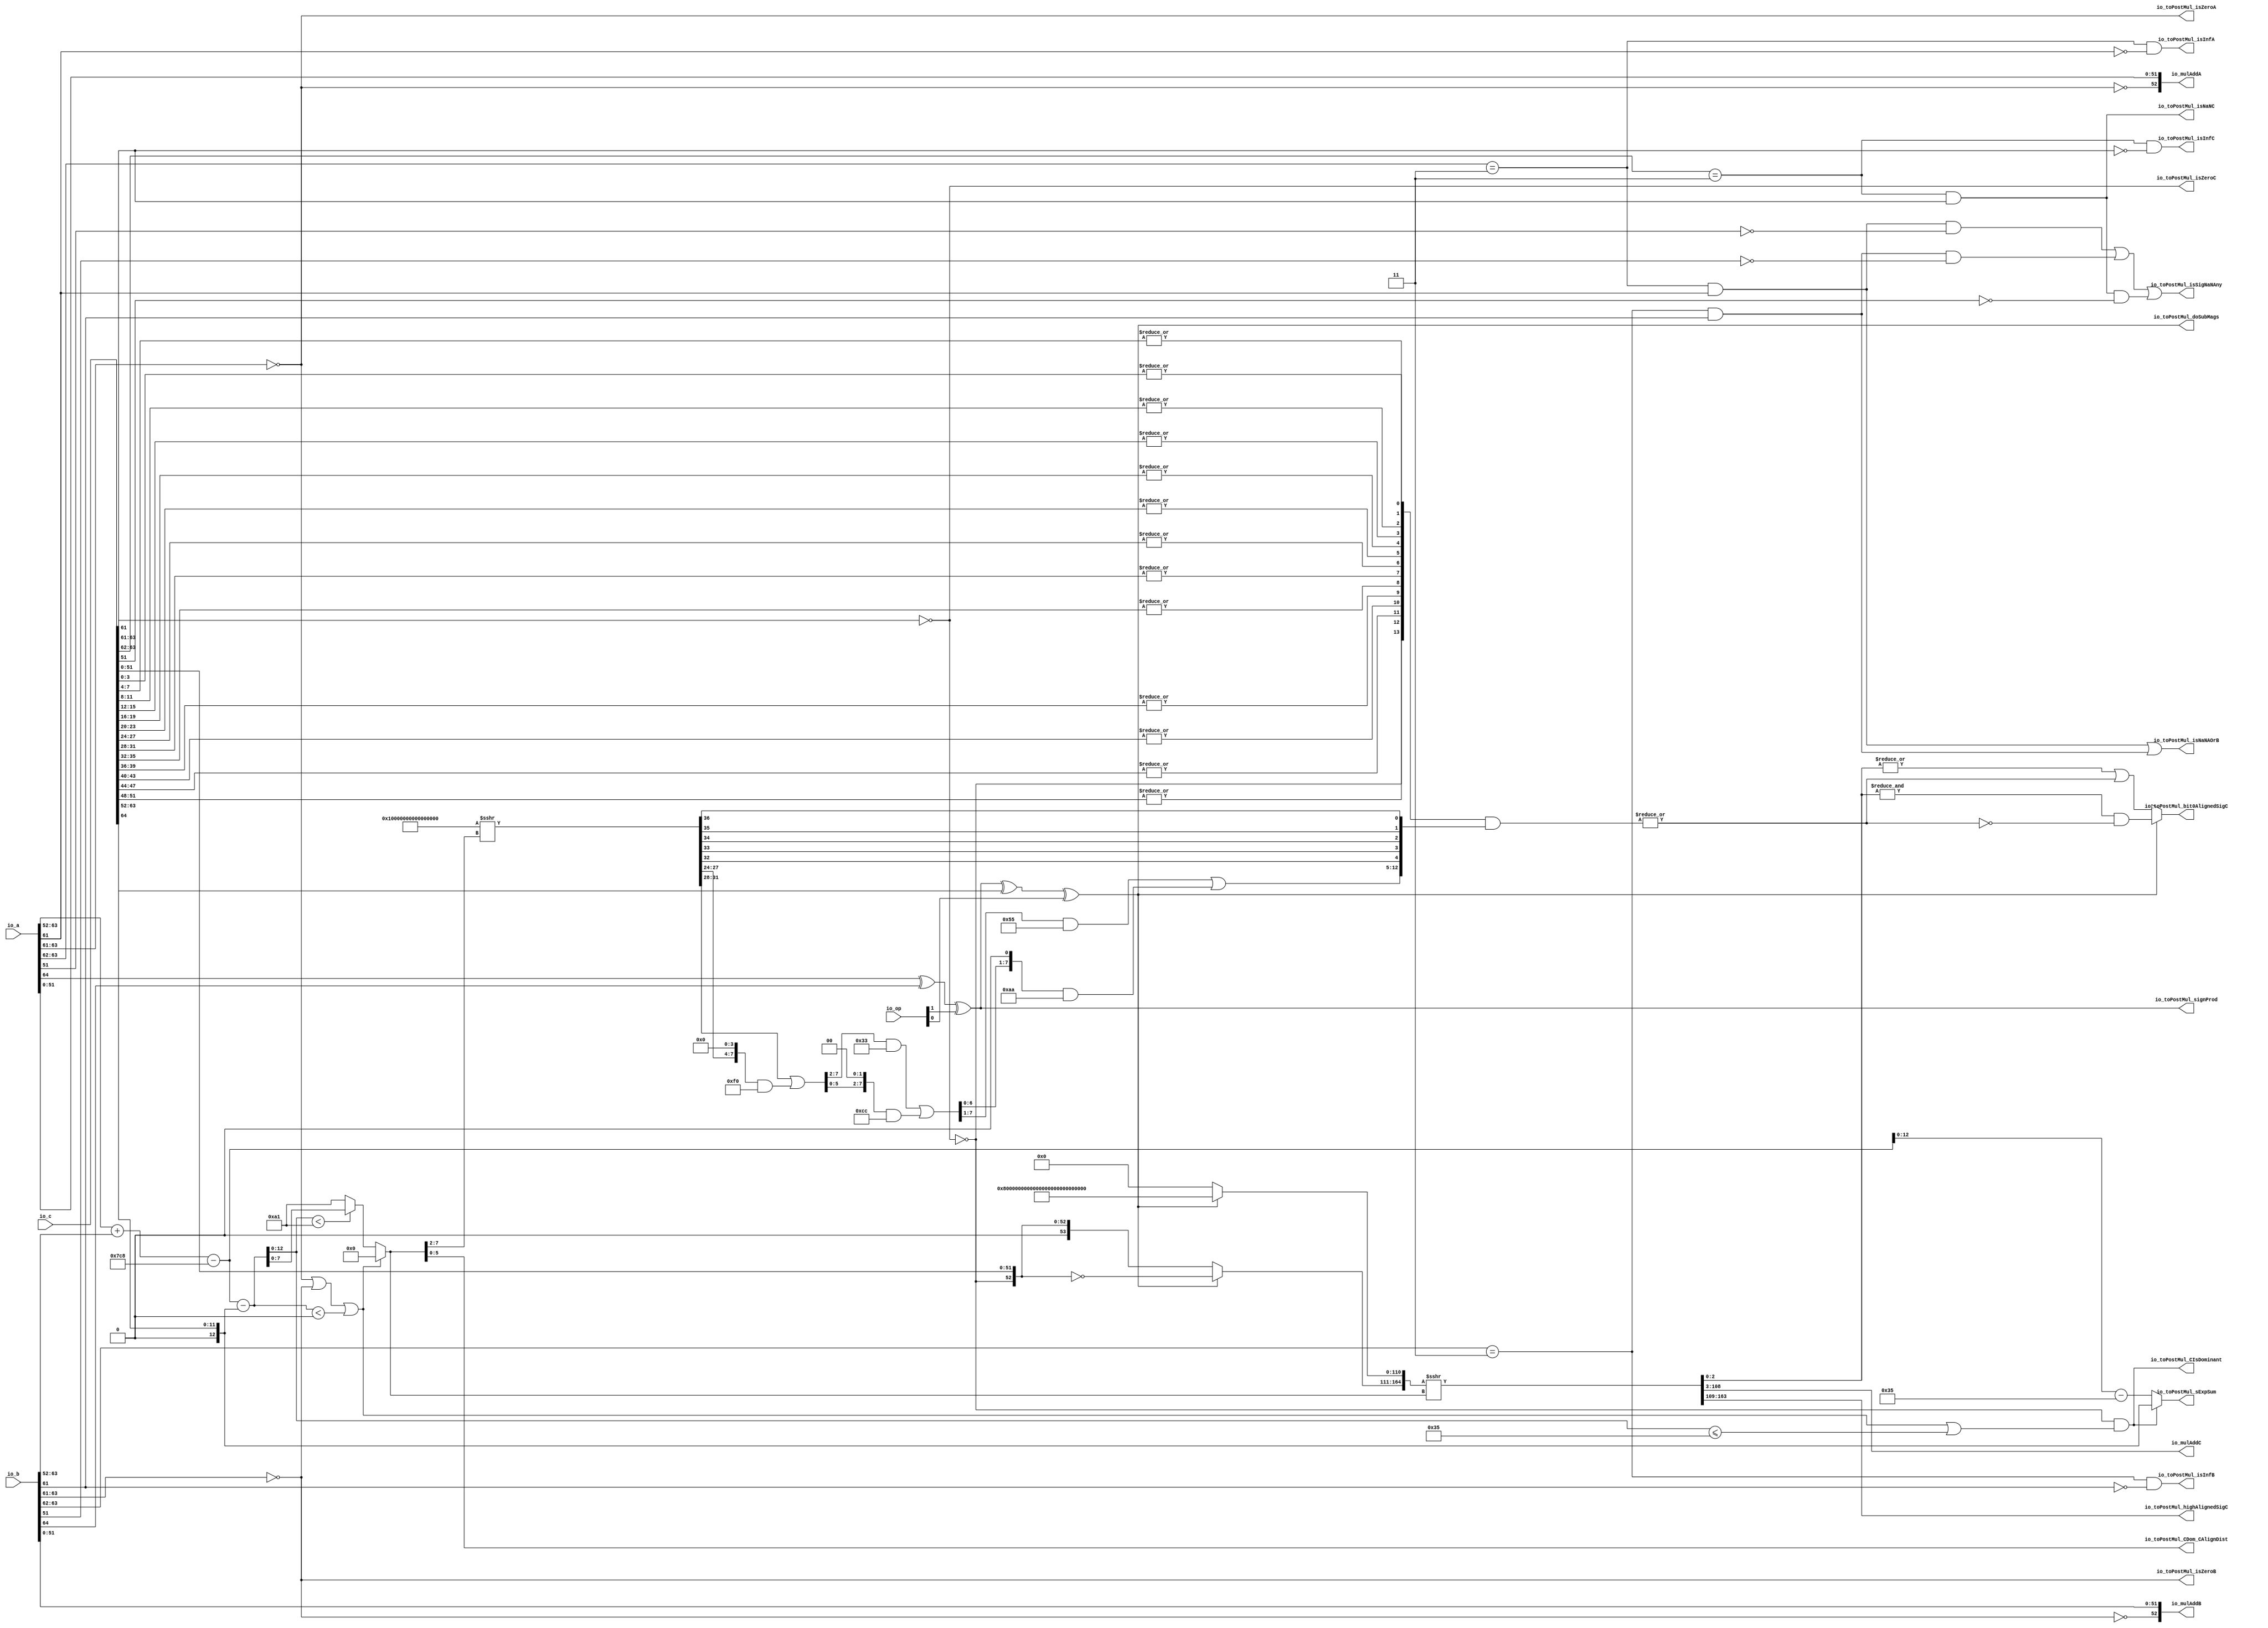
module MulAddRecFNToRaw_preMul(
  input  [1:0]   io_op,
  input  [64:0]  io_a,
  input  [64:0]  io_b,
  input  [64:0]  io_c,
  output [52:0]  io_mulAddA,
  output [52:0]  io_mulAddB,
  output [105:0] io_mulAddC,
  output         io_toPostMul_isSigNaNAny,
  output         io_toPostMul_isNaNAOrB,
  output         io_toPostMul_isInfA,
  output         io_toPostMul_isZeroA,
  output         io_toPostMul_isInfB,
  output         io_toPostMul_isZeroB,
  output         io_toPostMul_signProd,
  output         io_toPostMul_isNaNC,
  output         io_toPostMul_isInfC,
  output         io_toPostMul_isZeroC,
  output [12:0]  io_toPostMul_sExpSum,
  output         io_toPostMul_doSubMags,
  output         io_toPostMul_CIsDominant,
  output [5:0]   io_toPostMul_CDom_CAlignDist,
  output [54:0]  io_toPostMul_highAlignedSigC,
  output         io_toPostMul_bit0AlignedSigC
);
  wire [11:0] rawA_exp = io_a[63:52]; // @[rawFloatFromRecFN.scala 50:21]
  wire  rawA_isZero = rawA_exp[11:9] == 3'h0; // @[rawFloatFromRecFN.scala 51:54]
  wire  rawA_isSpecial = rawA_exp[11:10] == 2'h3; // @[rawFloatFromRecFN.scala 52:54]
  wire  rawA__isNaN = rawA_isSpecial & rawA_exp[9]; // @[rawFloatFromRecFN.scala 55:33]
  wire  rawA__sign = io_a[64]; // @[rawFloatFromRecFN.scala 58:25]
  wire [12:0] rawA__sExp = {1'b0,$signed(rawA_exp)}; // @[rawFloatFromRecFN.scala 59:27]
  wire  rawA_out_sig_hi_lo = ~rawA_isZero; // @[rawFloatFromRecFN.scala 60:39]
  wire [51:0] rawA_out_sig_lo = io_a[51:0]; // @[rawFloatFromRecFN.scala 60:51]
  wire [53:0] rawA__sig = {1'h0,rawA_out_sig_hi_lo,rawA_out_sig_lo}; // @[Cat.scala 30:58]
  wire [11:0] rawB_exp = io_b[63:52]; // @[rawFloatFromRecFN.scala 50:21]
  wire  rawB_isZero = rawB_exp[11:9] == 3'h0; // @[rawFloatFromRecFN.scala 51:54]
  wire  rawB_isSpecial = rawB_exp[11:10] == 2'h3; // @[rawFloatFromRecFN.scala 52:54]
  wire  rawB__isNaN = rawB_isSpecial & rawB_exp[9]; // @[rawFloatFromRecFN.scala 55:33]
  wire  rawB__sign = io_b[64]; // @[rawFloatFromRecFN.scala 58:25]
  wire [12:0] rawB__sExp = {1'b0,$signed(rawB_exp)}; // @[rawFloatFromRecFN.scala 59:27]
  wire  rawB_out_sig_hi_lo = ~rawB_isZero; // @[rawFloatFromRecFN.scala 60:39]
  wire [51:0] rawB_out_sig_lo = io_b[51:0]; // @[rawFloatFromRecFN.scala 60:51]
  wire [53:0] rawB__sig = {1'h0,rawB_out_sig_hi_lo,rawB_out_sig_lo}; // @[Cat.scala 30:58]
  wire [11:0] rawC_exp = io_c[63:52]; // @[rawFloatFromRecFN.scala 50:21]
  wire  rawC_isZero = rawC_exp[11:9] == 3'h0; // @[rawFloatFromRecFN.scala 51:54]
  wire  rawC_isSpecial = rawC_exp[11:10] == 2'h3; // @[rawFloatFromRecFN.scala 52:54]
  wire  rawC__isNaN = rawC_isSpecial & rawC_exp[9]; // @[rawFloatFromRecFN.scala 55:33]
  wire  rawC__sign = io_c[64]; // @[rawFloatFromRecFN.scala 58:25]
  wire [12:0] rawC__sExp = {1'b0,$signed(rawC_exp)}; // @[rawFloatFromRecFN.scala 59:27]
  wire  rawC_out_sig_hi_lo = ~rawC_isZero; // @[rawFloatFromRecFN.scala 60:39]
  wire [51:0] rawC_out_sig_lo = io_c[51:0]; // @[rawFloatFromRecFN.scala 60:51]
  wire [53:0] rawC__sig = {1'h0,rawC_out_sig_hi_lo,rawC_out_sig_lo}; // @[Cat.scala 30:58]
  wire  signProd = rawA__sign ^ rawB__sign ^ io_op[1]; // @[MulAddRecFN.scala 98:42]
  wire [13:0] _sExpAlignedProd_T = $signed(rawA__sExp) + $signed(rawB__sExp); // @[MulAddRecFN.scala 101:19]
  wire [13:0] sExpAlignedProd = $signed(_sExpAlignedProd_T) - 14'sh7c8; // @[MulAddRecFN.scala 101:32]
  wire  doSubMags = signProd ^ rawC__sign ^ io_op[0]; // @[MulAddRecFN.scala 103:42]
  wire [13:0] _GEN_0 = {{1{rawC__sExp[12]}},rawC__sExp}; // @[MulAddRecFN.scala 107:42]
  wire [13:0] sNatCAlignDist = $signed(sExpAlignedProd) - $signed(_GEN_0); // @[MulAddRecFN.scala 107:42]
  wire [12:0] posNatCAlignDist = sNatCAlignDist[12:0]; // @[MulAddRecFN.scala 108:42]
  wire  isMinCAlign = rawA_isZero | rawB_isZero | $signed(sNatCAlignDist) < 14'sh0; // @[MulAddRecFN.scala 109:50]
  wire  CIsDominant = rawC_out_sig_hi_lo & (isMinCAlign | posNatCAlignDist <= 13'h35); // @[MulAddRecFN.scala 111:23]
  wire [7:0] _CAlignDist_T_2 = posNatCAlignDist < 13'ha1 ? posNatCAlignDist[7:0] : 8'ha1; // @[MulAddRecFN.scala 115:16]
  wire [7:0] CAlignDist = isMinCAlign ? 8'h0 : _CAlignDist_T_2; // @[MulAddRecFN.scala 113:12]
  wire [53:0] _mainAlignedSigC_T = ~rawC__sig; // @[MulAddRecFN.scala 121:28]
  wire [53:0] mainAlignedSigC_hi = doSubMags ? _mainAlignedSigC_T : rawC__sig; // @[MulAddRecFN.scala 121:16]
  wire [110:0] mainAlignedSigC_lo = doSubMags ? 111'h7fffffffffffffffffffffffffff : 111'h0; // @[Bitwise.scala 72:12]
  wire [164:0] _mainAlignedSigC_T_3 = {mainAlignedSigC_hi,mainAlignedSigC_lo}; // @[MulAddRecFN.scala 123:11]
  wire [164:0] mainAlignedSigC = $signed(_mainAlignedSigC_T_3) >>> CAlignDist; // @[MulAddRecFN.scala 123:17]
  wire  reduced4CExtra_reducedVec_0 = |rawC__sig[3:0]; // @[primitives.scala 121:54]
  wire  reduced4CExtra_reducedVec_1 = |rawC__sig[7:4]; // @[primitives.scala 121:54]
  wire  reduced4CExtra_reducedVec_2 = |rawC__sig[11:8]; // @[primitives.scala 121:54]
  wire  reduced4CExtra_reducedVec_3 = |rawC__sig[15:12]; // @[primitives.scala 121:54]
  wire  reduced4CExtra_reducedVec_4 = |rawC__sig[19:16]; // @[primitives.scala 121:54]
  wire  reduced4CExtra_reducedVec_5 = |rawC__sig[23:20]; // @[primitives.scala 121:54]
  wire  reduced4CExtra_reducedVec_6 = |rawC__sig[27:24]; // @[primitives.scala 121:54]
  wire  reduced4CExtra_reducedVec_7 = |rawC__sig[31:28]; // @[primitives.scala 121:54]
  wire  reduced4CExtra_reducedVec_8 = |rawC__sig[35:32]; // @[primitives.scala 121:54]
  wire  reduced4CExtra_reducedVec_9 = |rawC__sig[39:36]; // @[primitives.scala 121:54]
  wire  reduced4CExtra_reducedVec_10 = |rawC__sig[43:40]; // @[primitives.scala 121:54]
  wire  reduced4CExtra_reducedVec_11 = |rawC__sig[47:44]; // @[primitives.scala 121:54]
  wire  reduced4CExtra_reducedVec_12 = |rawC__sig[51:48]; // @[primitives.scala 121:54]
  wire  reduced4CExtra_reducedVec_13 = |rawC__sig[53:52]; // @[primitives.scala 124:57]
  wire [6:0] reduced4CExtra_lo = {reduced4CExtra_reducedVec_6,reduced4CExtra_reducedVec_5,reduced4CExtra_reducedVec_4,
    reduced4CExtra_reducedVec_3,reduced4CExtra_reducedVec_2,reduced4CExtra_reducedVec_1,reduced4CExtra_reducedVec_0}; // @[primitives.scala 125:20]
  wire [13:0] _reduced4CExtra_T_1 = {reduced4CExtra_reducedVec_13,reduced4CExtra_reducedVec_12,
    reduced4CExtra_reducedVec_11,reduced4CExtra_reducedVec_10,reduced4CExtra_reducedVec_9,reduced4CExtra_reducedVec_8,
    reduced4CExtra_reducedVec_7,reduced4CExtra_lo}; // @[primitives.scala 125:20]
  wire [64:0] reduced4CExtra_shift = 65'sh10000000000000000 >>> CAlignDist[7:2]; // @[primitives.scala 77:58]
  wire [7:0] _reduced4CExtra_T_8 = {{4'd0}, reduced4CExtra_shift[31:28]}; // @[Bitwise.scala 103:31]
  wire [7:0] _reduced4CExtra_T_10 = {reduced4CExtra_shift[27:24], 4'h0}; // @[Bitwise.scala 103:65]
  wire [7:0] _reduced4CExtra_T_12 = _reduced4CExtra_T_10 & 8'hf0; // @[Bitwise.scala 103:75]
  wire [7:0] _reduced4CExtra_T_13 = _reduced4CExtra_T_8 | _reduced4CExtra_T_12; // @[Bitwise.scala 103:39]
  wire [7:0] _GEN_1 = {{2'd0}, _reduced4CExtra_T_13[7:2]}; // @[Bitwise.scala 103:31]
  wire [7:0] _reduced4CExtra_T_18 = _GEN_1 & 8'h33; // @[Bitwise.scala 103:31]
  wire [7:0] _reduced4CExtra_T_20 = {_reduced4CExtra_T_13[5:0], 2'h0}; // @[Bitwise.scala 103:65]
  wire [7:0] _reduced4CExtra_T_22 = _reduced4CExtra_T_20 & 8'hcc; // @[Bitwise.scala 103:75]
  wire [7:0] _reduced4CExtra_T_23 = _reduced4CExtra_T_18 | _reduced4CExtra_T_22; // @[Bitwise.scala 103:39]
  wire [7:0] _GEN_2 = {{1'd0}, _reduced4CExtra_T_23[7:1]}; // @[Bitwise.scala 103:31]
  wire [7:0] _reduced4CExtra_T_28 = _GEN_2 & 8'h55; // @[Bitwise.scala 103:31]
  wire [7:0] _reduced4CExtra_T_30 = {_reduced4CExtra_T_23[6:0], 1'h0}; // @[Bitwise.scala 103:65]
  wire [7:0] _reduced4CExtra_T_32 = _reduced4CExtra_T_30 & 8'haa; // @[Bitwise.scala 103:75]
  wire [7:0] reduced4CExtra_hi_1 = _reduced4CExtra_T_28 | _reduced4CExtra_T_32; // @[Bitwise.scala 103:39]
  wire  reduced4CExtra_hi_2 = reduced4CExtra_shift[32]; // @[Bitwise.scala 109:18]
  wire  reduced4CExtra_lo_1 = reduced4CExtra_shift[33]; // @[Bitwise.scala 109:44]
  wire  reduced4CExtra_hi_4 = reduced4CExtra_shift[34]; // @[Bitwise.scala 109:18]
  wire  reduced4CExtra_lo_2 = reduced4CExtra_shift[35]; // @[Bitwise.scala 109:44]
  wire  reduced4CExtra_lo_4 = reduced4CExtra_shift[36]; // @[Bitwise.scala 109:44]
  wire [12:0] _reduced4CExtra_T_37 = {reduced4CExtra_hi_1,reduced4CExtra_hi_2,reduced4CExtra_lo_1,reduced4CExtra_hi_4,
    reduced4CExtra_lo_2,reduced4CExtra_lo_4}; // @[Cat.scala 30:58]
  wire [13:0] _GEN_3 = {{1'd0}, _reduced4CExtra_T_37}; // @[MulAddRecFN.scala 125:68]
  wire [13:0] _reduced4CExtra_T_38 = _reduced4CExtra_T_1 & _GEN_3; // @[MulAddRecFN.scala 125:68]
  wire  reduced4CExtra = |_reduced4CExtra_T_38; // @[MulAddRecFN.scala 133:11]
  wire  _alignedSigC_T_4 = &mainAlignedSigC[2:0] & ~reduced4CExtra; // @[MulAddRecFN.scala 137:44]
  wire  _alignedSigC_T_7 = |mainAlignedSigC[2:0] | reduced4CExtra; // @[MulAddRecFN.scala 138:44]
  wire  alignedSigC_lo = doSubMags ? _alignedSigC_T_4 : _alignedSigC_T_7; // @[MulAddRecFN.scala 136:16]
  wire [161:0] alignedSigC_hi = mainAlignedSigC[164:3]; // @[Cat.scala 30:58]
  wire [162:0] alignedSigC = {alignedSigC_hi,alignedSigC_lo}; // @[Cat.scala 30:58]
  wire  _io_toPostMul_isSigNaNAny_T_2 = rawA__isNaN & ~rawA__sig[51]; // @[common.scala 81:46]
  wire  _io_toPostMul_isSigNaNAny_T_5 = rawB__isNaN & ~rawB__sig[51]; // @[common.scala 81:46]
  wire  _io_toPostMul_isSigNaNAny_T_9 = rawC__isNaN & ~rawC__sig[51]; // @[common.scala 81:46]
  wire [13:0] _io_toPostMul_sExpSum_T_2 = $signed(sExpAlignedProd) - 14'sh35; // @[MulAddRecFN.scala 161:53]
  wire [13:0] _io_toPostMul_sExpSum_T_3 = CIsDominant ? $signed({{1{rawC__sExp[12]}},rawC__sExp}) : $signed(
    _io_toPostMul_sExpSum_T_2); // @[MulAddRecFN.scala 161:12]
  assign io_mulAddA = rawA__sig[52:0]; // @[MulAddRecFN.scala 144:16]
  assign io_mulAddB = rawB__sig[52:0]; // @[MulAddRecFN.scala 145:16]
  assign io_mulAddC = alignedSigC[106:1]; // @[MulAddRecFN.scala 146:30]
  assign io_toPostMul_isSigNaNAny = _io_toPostMul_isSigNaNAny_T_2 | _io_toPostMul_isSigNaNAny_T_5 |
    _io_toPostMul_isSigNaNAny_T_9; // @[MulAddRecFN.scala 149:58]
  assign io_toPostMul_isNaNAOrB = rawA__isNaN | rawB__isNaN; // @[MulAddRecFN.scala 151:42]
  assign io_toPostMul_isInfA = rawA_isSpecial & ~rawA_exp[9]; // @[rawFloatFromRecFN.scala 56:33]
  assign io_toPostMul_isZeroA = rawA_exp[11:9] == 3'h0; // @[rawFloatFromRecFN.scala 51:54]
  assign io_toPostMul_isInfB = rawB_isSpecial & ~rawB_exp[9]; // @[rawFloatFromRecFN.scala 56:33]
  assign io_toPostMul_isZeroB = rawB_exp[11:9] == 3'h0; // @[rawFloatFromRecFN.scala 51:54]
  assign io_toPostMul_signProd = rawA__sign ^ rawB__sign ^ io_op[1]; // @[MulAddRecFN.scala 98:42]
  assign io_toPostMul_isNaNC = rawC_isSpecial & rawC_exp[9]; // @[rawFloatFromRecFN.scala 55:33]
  assign io_toPostMul_isInfC = rawC_isSpecial & ~rawC_exp[9]; // @[rawFloatFromRecFN.scala 56:33]
  assign io_toPostMul_isZeroC = rawC_exp[11:9] == 3'h0; // @[rawFloatFromRecFN.scala 51:54]
  assign io_toPostMul_sExpSum = _io_toPostMul_sExpSum_T_3[12:0]; // @[MulAddRecFN.scala 160:28]
  assign io_toPostMul_doSubMags = signProd ^ rawC__sign ^ io_op[0]; // @[MulAddRecFN.scala 103:42]
  assign io_toPostMul_CIsDominant = rawC_out_sig_hi_lo & (isMinCAlign | posNatCAlignDist <= 13'h35); // @[MulAddRecFN.scala 111:23]
  assign io_toPostMul_CDom_CAlignDist = CAlignDist[5:0]; // @[MulAddRecFN.scala 164:47]
  assign io_toPostMul_highAlignedSigC = alignedSigC[161:107]; // @[MulAddRecFN.scala 166:20]
  assign io_toPostMul_bit0AlignedSigC = alignedSigC[0]; // @[MulAddRecFN.scala 167:48]
endmodule